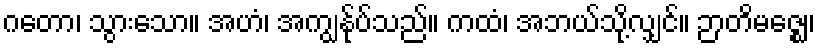
ဂတော၊ သွားသော။ အဟံ၊ အကျွန်ုပ်သည်။ ကထံ၊ အဘယ်သို့လျှင်။ ဉာတိမဇ္ဈေ၊